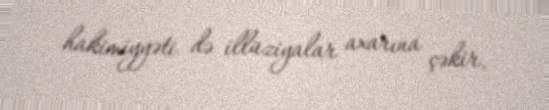
hakimiyyəti də illüziyalar axarına çəkir.